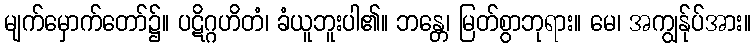
မျက်မှောက်တော်၌။ ပဋိဂ္ဂဟိတံ၊ ခံယူဘူးပါ၏။ ဘန္တေ၊ မြတ်စွာဘုရား။ မေ၊ အကျွန်ုပ်အား။